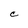
Character: C